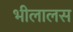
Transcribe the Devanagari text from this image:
भीलालस